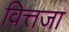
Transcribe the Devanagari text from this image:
वित्तजा